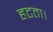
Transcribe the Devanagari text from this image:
हटता।